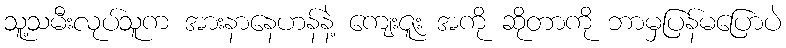
သူ့သမီးလုပ်သူက အားနာနေဟန်နဲ့ ကျေးဇူး အကို ဆိုတာကို ဘာမှပြန်မပြောပဲ